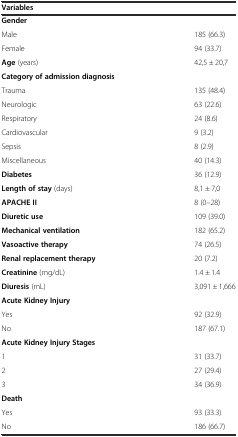
<table><thead><tr><td><b>Variables</b></td><td></td></tr></thead><tbody><tr><td><b>Gender</b></td><td></td></tr><tr><td>Male</td><td>185 (66.3)</td></tr><tr><td>Female</td><td>94 (33.7)</td></tr><tr><td><b>Age</b> (years)</td><td>42,5 ± 20,7</td></tr><tr><td><b>Category of admission diagnosis</b></td><td></td></tr><tr><td>Trauma</td><td>135 (48.4)</td></tr><tr><td>Neurologic</td><td>63 (22.6)</td></tr><tr><td>Respiratory</td><td>24 (8.6)</td></tr><tr><td>Cardiovascular</td><td>9 (3.2)</td></tr><tr><td>Sepsis</td><td>8 (2.9)</td></tr><tr><td>Miscellaneous</td><td>40 (14.3)</td></tr><tr><td><b>Diabetes</b></td><td>36 (12.9)</td></tr><tr><td><b>Length of stay</b> (days)</td><td>8,1 ± 7,0</td></tr><tr><td><b>APACHE II</b></td><td>8 (0–28)</td></tr><tr><td><b>Diuretic use</b></td><td>109 (39.0)</td></tr><tr><td><b>Mechanical ventilation</b></td><td>182 (65.2)</td></tr><tr><td><b>Vasoactive therapy</b></td><td>74 (26.5)</td></tr><tr><td><b>Renal replacement therapy</b></td><td>20 (7.2)</td></tr><tr><td><b>Creatinine</b> (mg/dL)</td><td>1.4 ± 1.4</td></tr><tr><td><b>Diuresis</b> (mL)</td><td>3,091 ± 1,666</td></tr><tr><td><b>Acute Kidney Injury</b></td><td></td></tr><tr><td>Yes</td><td>92 (32.9)</td></tr><tr><td>No</td><td>187 (67.1)</td></tr><tr><td><b>Acute Kidney Injury Stages</b></td><td></td></tr><tr><td>1</td><td>31 (33.7)</td></tr><tr><td>2</td><td>27 (29.4)</td></tr><tr><td>3</td><td>34 (36.9)</td></tr><tr><td><b>Death</b></td><td></td></tr><tr><td>Yes</td><td>93 (33.3)</td></tr><tr><td>No</td><td>186 (66.7)</td></tr></tbody></table>